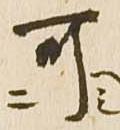
可